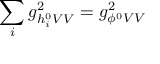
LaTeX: \sum _ { i } g _ { h _ { i } ^ { 0 } V V } ^ { 2 } = g _ { \phi ^ { 0 } V V } ^ { 2 }